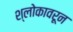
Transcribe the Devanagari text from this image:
श्लोकावरून